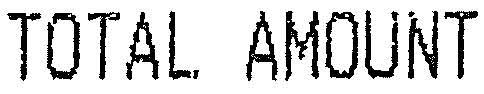
TOTAL AMOUNT